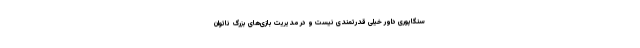
سنگاپوری داور خیلی قدرتمندی نیست و در مدیریت بازی‌های بزرگ ناتوان